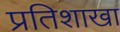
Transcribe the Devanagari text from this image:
प्रतिशाखा